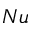
N u